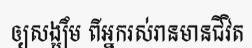
ឲ្យសង្ឃឹម ពីអ្នករស់រានមានជីវិត